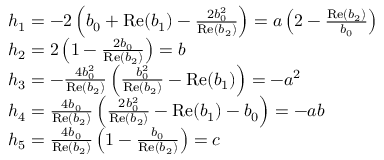
\begin{array} { r l } & { h _ { 1 } = - 2 \left( b _ { 0 } + \mathrm { R e } ( b _ { 1 } ) - \frac { 2 b _ { 0 } ^ { 2 } } { \mathrm { R e } ( b _ { 2 } ) } \right) = a \left( 2 - \frac { \mathrm { R e } ( b _ { 2 } ) } { b _ { 0 } } \right) } \\ & { h _ { 2 } = 2 \left( 1 - \frac { 2 b _ { 0 } } { \mathrm { R e } ( b _ { 2 } ) } \right) = b } \\ & { h _ { 3 } = - \frac { 4 b _ { 0 } ^ { 2 } } { \mathrm { R e } ( b _ { 2 } ) } \left( \frac { b _ { 0 } ^ { 2 } } { \mathrm { R e } ( b _ { 2 } ) } - \mathrm { R e } ( b _ { 1 } ) \right) = - a ^ { 2 } } \\ & { h _ { 4 } = \frac { 4 b _ { 0 } } { \mathrm { R e } ( b _ { 2 } ) } \left( \frac { 2 b _ { 0 } ^ { 2 } } { \mathrm { R e } ( b _ { 2 } ) } - \mathrm { R e } ( b _ { 1 } ) - b _ { 0 } \right) = - a b } \\ & { h _ { 5 } = \frac { 4 b _ { 0 } } { \mathrm { R e } ( b _ { 2 } ) } \left( 1 - \frac { b _ { 0 } } { \mathrm { R e } ( b _ { 2 } ) } \right) = c } \end{array}